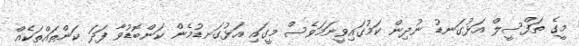
މީގެ ތަފްސީލް އަޅުގަނޑު ނުދިން ކަމުގައިވީނަމަވެސް މީގައި އަޅުގަނޑުމެން ކަންބޮޑުވާ ފަދަ ކަންތައްތަކެއް